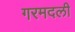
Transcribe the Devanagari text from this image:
गरमदली